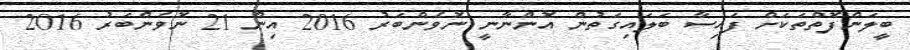
ބީލަންފޮތްތަކަށް ފައިސާ ބަލައިގަތުން އޮންނާނީ ނޮވެންބަރު 2016 އިން 21 ނޮވެންބަރު 2016